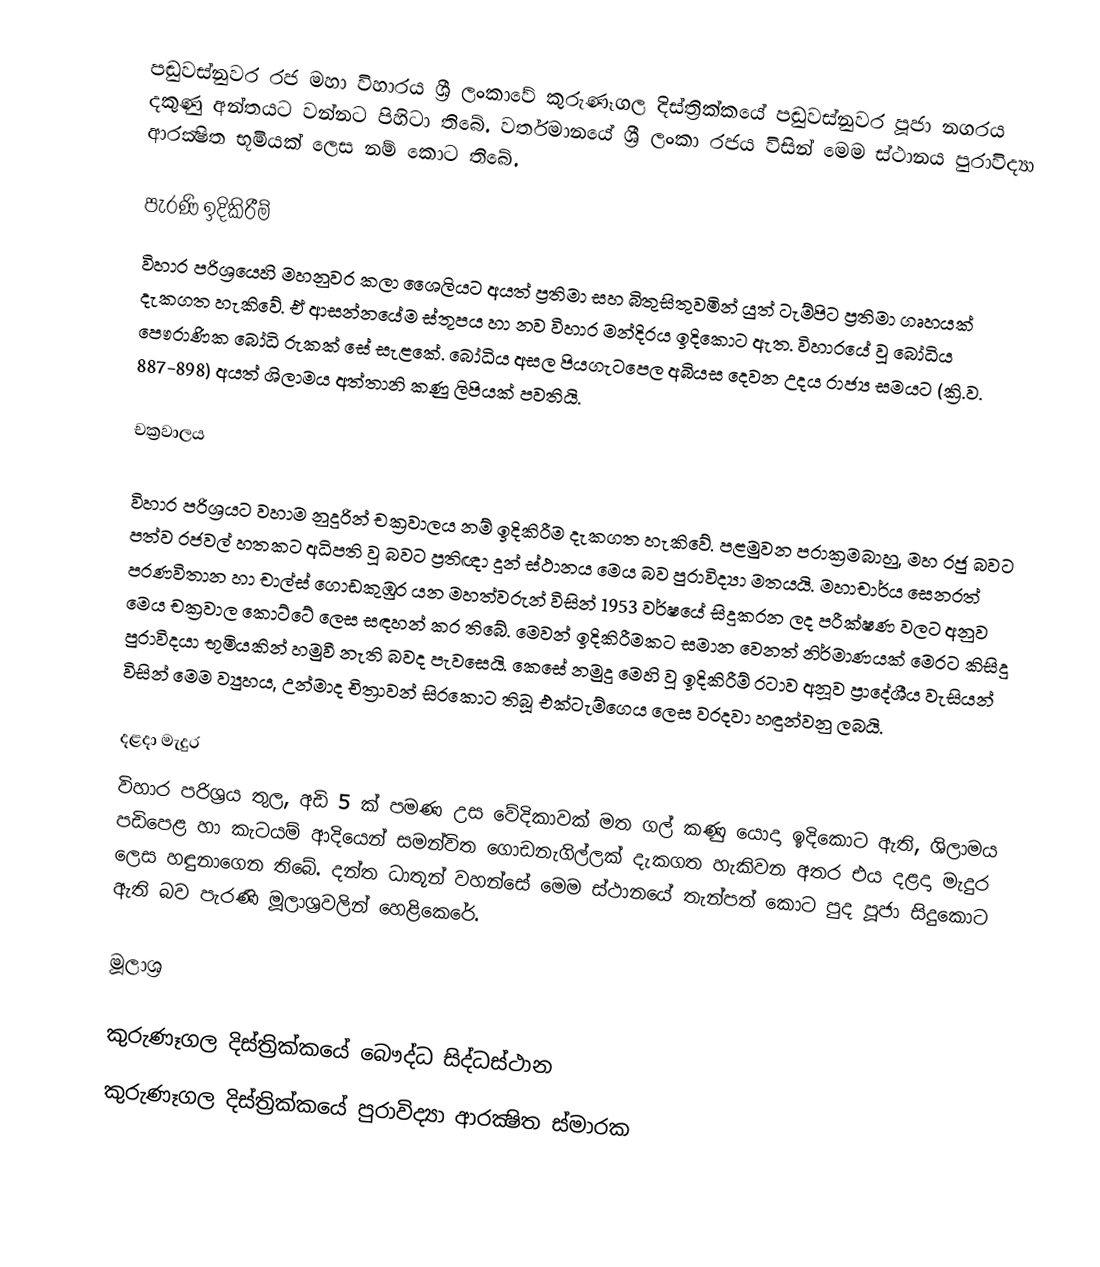
පඬුවස්නුවර රජ මහා විහාරය ශ්‍රී ලංකාවේ කුරුණෑගල දිස්ත්‍රික්කයේ පඬුවස්නුවර පූජා නගරය දකුණු අන්තයට වන්නට පිහිටා තිබේ. වර්තමානයේ  ශ්‍රී ලංකා රජය විසින් මෙම ස්ථානය පුරාවිද්‍යා ආරක්‍ෂිත භූමියක් ලෙස නම් කොට තිබේ.

පැරණි ඉදිකිරීම්
විහාර පරිශ්‍රයෙහි මහනුවර කලා ශෛලියට අයත් ප්‍රතිමා සහ බිතුසිතුවමින් යුත් ටැම්පිට ප්‍රතිමා ගෘහයක් දැකගත හැකිවේ. ඒ ආසන්නයේම ස්තූපය හා නව විහාර මන්දිරය ඉදිකොට ඇත. විහාරයේ වූ බෝධිය පෞරාණික බෝධි රුකක් සේ සැළකේ. බෝධිය අසල පියගැටපෙල අබියස දෙවන උදය රාජ්‍ය සමයට (ක්‍රි.ව. 887-898) අයත් ශිලාමය අත්තානි කණු ලිපියක් පවතියි.

චක්‍රවාලය

විහාර පරිශ්‍රයට වහාම නුදුරින් චක්‍රවාලය නම් ඉදිකිරීම දැකගත හැකිවේ. පළමුවන පරාක්‍රමබාහු, මහ රජු බවට පත්ව රජවල් හතකට අධිපති වූ බවට ප්‍රතිඥා දුන් ස්ථානය මෙය බව පුරාවිද්‍යා මතයයි. මහාචාර්ය සෙනරත් පරණවිතාන හා චාල්ස් ගොඩකුඹුර යන මහත්වරුන් විසින් 1953 වර්ෂයේ සිදුකරන ලද පරීක්ෂණ වලට අනුව මෙය චක්‍රවාල කොට්ටේ ලෙස සඳහන් කර තිබේ. මෙවන් ඉදිකිරීමකට සමාන වෙනත් නිර්මාණයක් මෙරට කිසිදු පුරාවිදයා භූමියකින් හමුවී නැති බවද පැවසෙයි. කෙසේ නමුදු මෙහි වූ ඉදිකිරීම් රටාව අනූව ප්‍රාදේශීය වැසියන් විසින් මෙම ව්‍යුහය, උන්මාද චිත්‍රාවන් සිරකොට තිබූ එක්ටැම්ගෙය ලෙස වරදවා හඳුන්වනු ලබයි.

දළදා මැදුර
විහාර පරිශ්‍රය තුල, අඩි 5 ක් පමණ උස වේදිකාවක් මත ගල් කණු යොදා ඉදිකොට ඇති, ශිලාමය පඩිපෙළ හා කැටයම් ආදියෙන් සමන්විත ගොඩනැගිල්ලක් දැකගත හැකිවන අතර එය දළදා මැදුර ලෙස හඳුනාගෙන තිබේ. දන්ත ධාතූන් වහන්සේ මෙම ස්ථානයේ තැන්පත් කොට පුද පූජා සිදුකොට ඇති බව පැරණි මූලාශ්‍රවලින් හෙළිකෙරේ.

මූලාශ්‍ර

කුරුණෑගල දිස්ත්‍රික්කයේ බෞද්ධ සිද්ධස්ථාන‎
කුරුණෑගල දිස්ත්‍රික්කයේ පුරාවිද්‍යා ආරක්‍ෂිත ස්මාරක